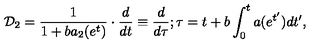
{ \cal D } _ { 2 } = \frac { 1 } { 1 + b a _ { 2 } ( e ^ { t } ) } \cdot \frac { d } { d t } \equiv \frac { d } { d \tau } ; \tau = t + b \int _ { 0 } ^ { t } a ( e ^ { t ^ { \prime } } ) d t ^ { \prime } ,